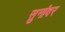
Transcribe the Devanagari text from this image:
सुनांवर